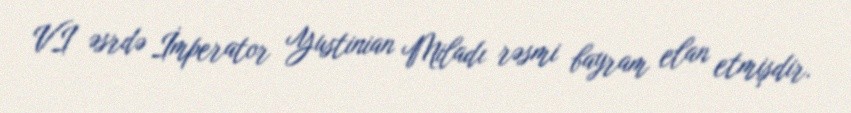
VI əsrdə İmperator Yustinian Miladı rəsmi bayram elan etmişdir.